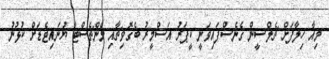
މިއާ ހިލާފަށް ޗެލްސީން ގެނެސްފައިވަނީ ކީޕަރު އަސްމީރު ބެގޮވިޗާއި މެންޗެސްޓާ ޔުނައިޓެޑަށް ކުޅުނު